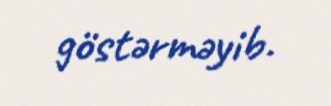
göstərməyib.